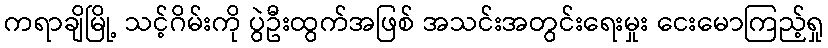
ကရာချိမြို့ သင့်ဂိမ်းကို ပွဲဦးထွက်အဖြစ် အသင်းအတွင်းရေးမှုး ငေးမောကြည့်ရှု